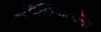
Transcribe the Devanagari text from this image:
दुष्येच्छूद्रजातीनां